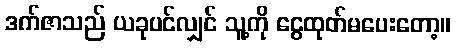
ဒက်ဇာသည် ယခုပင်လျှင် သူ့ကို ငွေထုတ်မပေးတော့။